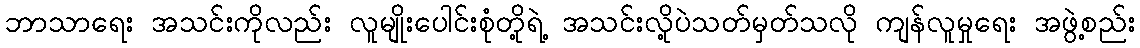
ဘာသာရေး အသင်းကိုလည်း လူမျိုးပေါင်းစုံတို့ရဲ့ အသင်းလို့ပဲသတ်မှတ်သလို ကျန်လူမှုရေး အဖွဲ့စည်း